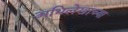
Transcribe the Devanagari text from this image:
अभिलेखाच्या